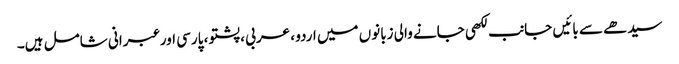
سیدھے سے بائیں جانب لکھی جانے والی زبانوں میں اردو ، عربی ، پشتو ، پارسی اور عبرانی شامل ہیں۔